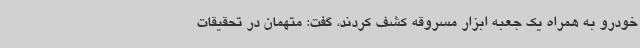
خودرو به همراه یک جعبه ابزار مسروقه کشف کردند، گفت: متهمان در تحقیقات